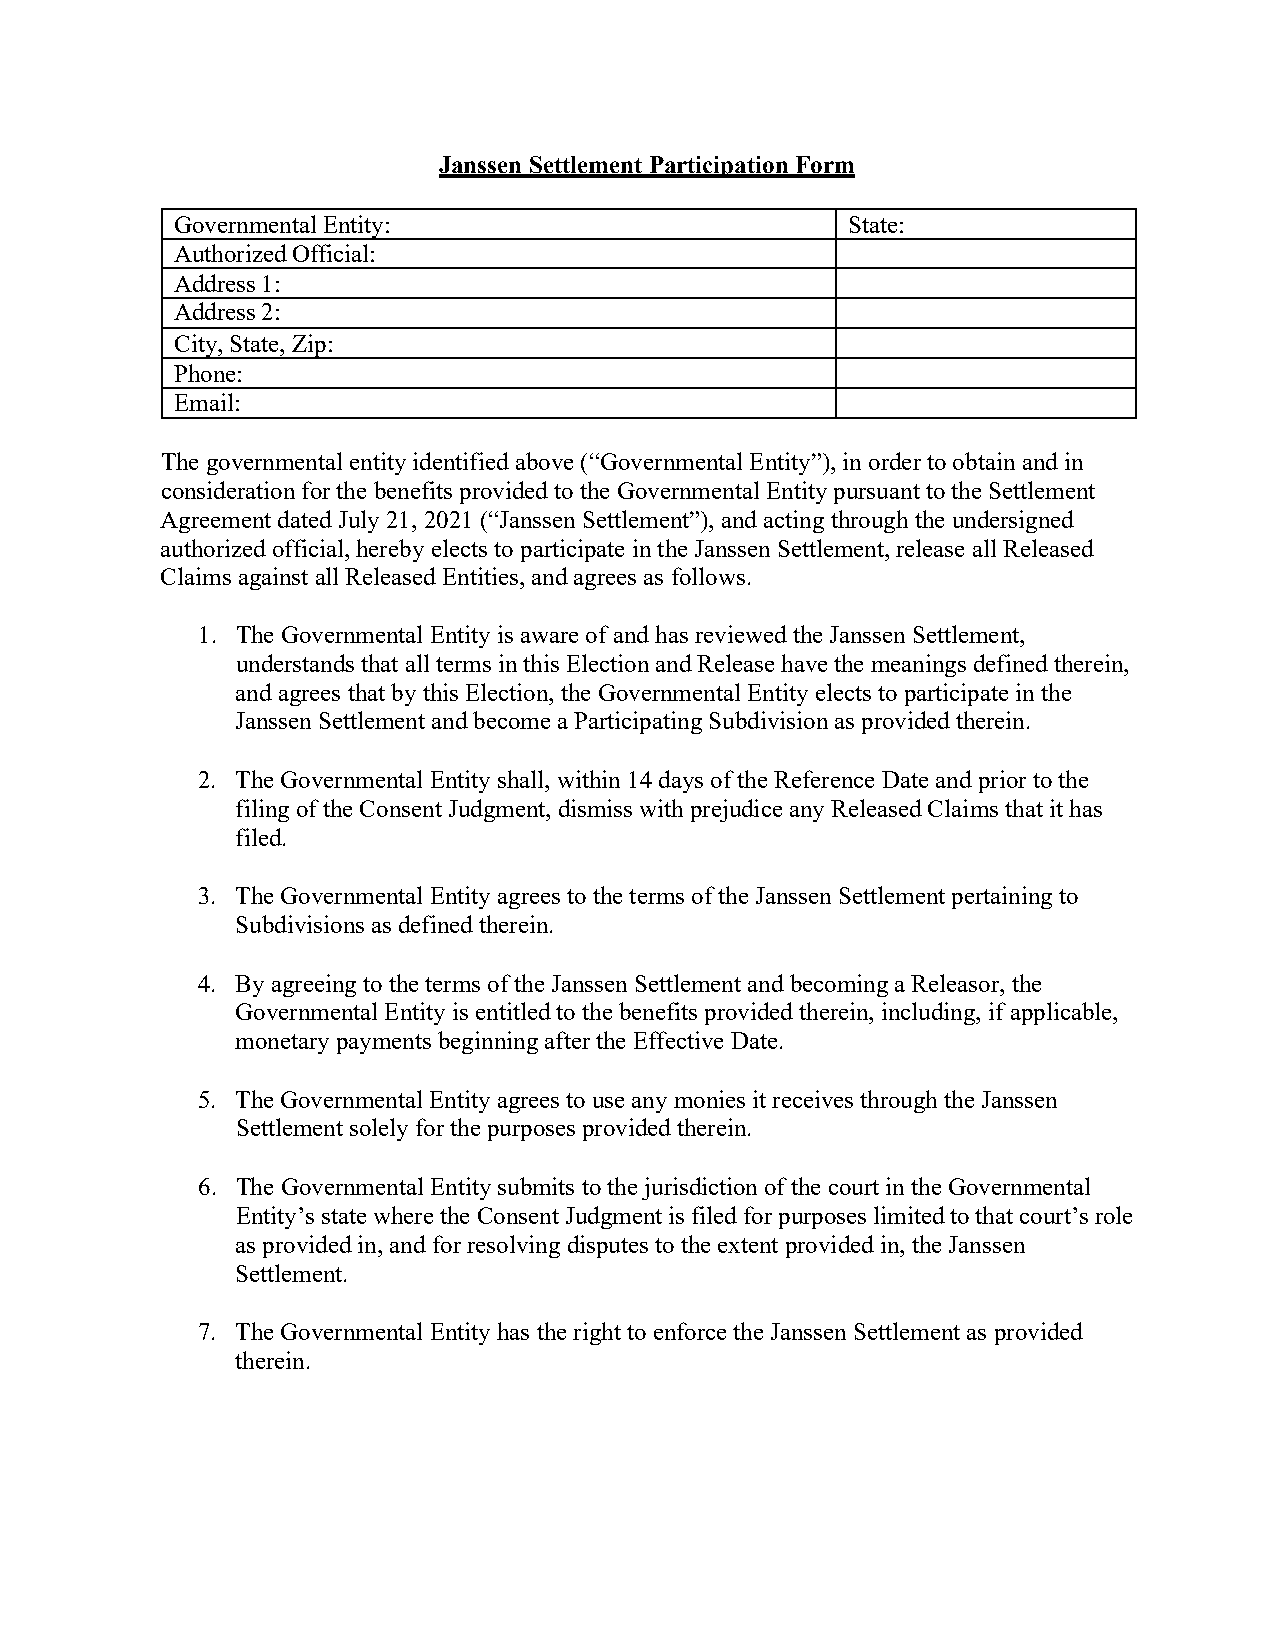
Janssen Settlement Participation Form
 Governmental Entity:                        State:
 Authorized Official:
 Address 1:
 Address 2:
 City, State, Zip:
 Phone:
 Email:
 The governmental entity identified above (“Governmental Entity”), in order to obtain and in
 consideration for the benefits provided to the Governmental Entity pursuant to the Settlement
 Agreement dated July 21, 2021 (“Janssen Settlement”), and acting through the undersigned
 authorized official, hereby elects to participate in the Janssen Settlement, release all Released
 Claims against all Released Entities, and agrees as follows.
 1. The Governmental Entity is aware of and has reviewed the Janssen Settlement,
 understands that all terms in this Election and Release have the meanings defined therein,
 and agrees that by this Election, the Governmental Entity elects to participate in the
 Janssen Settlement and become a Participating Subdivision as provided therein.
 2. The Governmental Entity shall, within 14 days of the Reference Date and prior to the
 filing of the Consent Judgment, dismiss with prejudice any Released Claims that it has
 filed.
 3. The Governmental Entity agrees to the terms of the Janssen Settlement pertaining to
 Subdivisions as defined therein.
 4. By agreeing to the terms of the Janssen Settlement and becoming a Releasor, the
 Governmental Entity is entitled to the benefits provided therein, including, if applicable,
 monetary payments beginning after the Effective Date.
 5. The Governmental Entity agrees to use any monies it receives through the Janssen
 Settlement solely for the purposes provided therein.
 6. The Governmental Entity submits to the jurisdiction of the court in the Governmental
 Entity’s state where the Consent Judgment is filed for purposes limited to that court’s role
 as provided in, and for resolving disputes to the extent provided in, the Janssen
 Settlement.
 7. The Governmental Entity has the right to enforce the Janssen Settlement as provided
 therein.